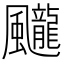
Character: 𩙘